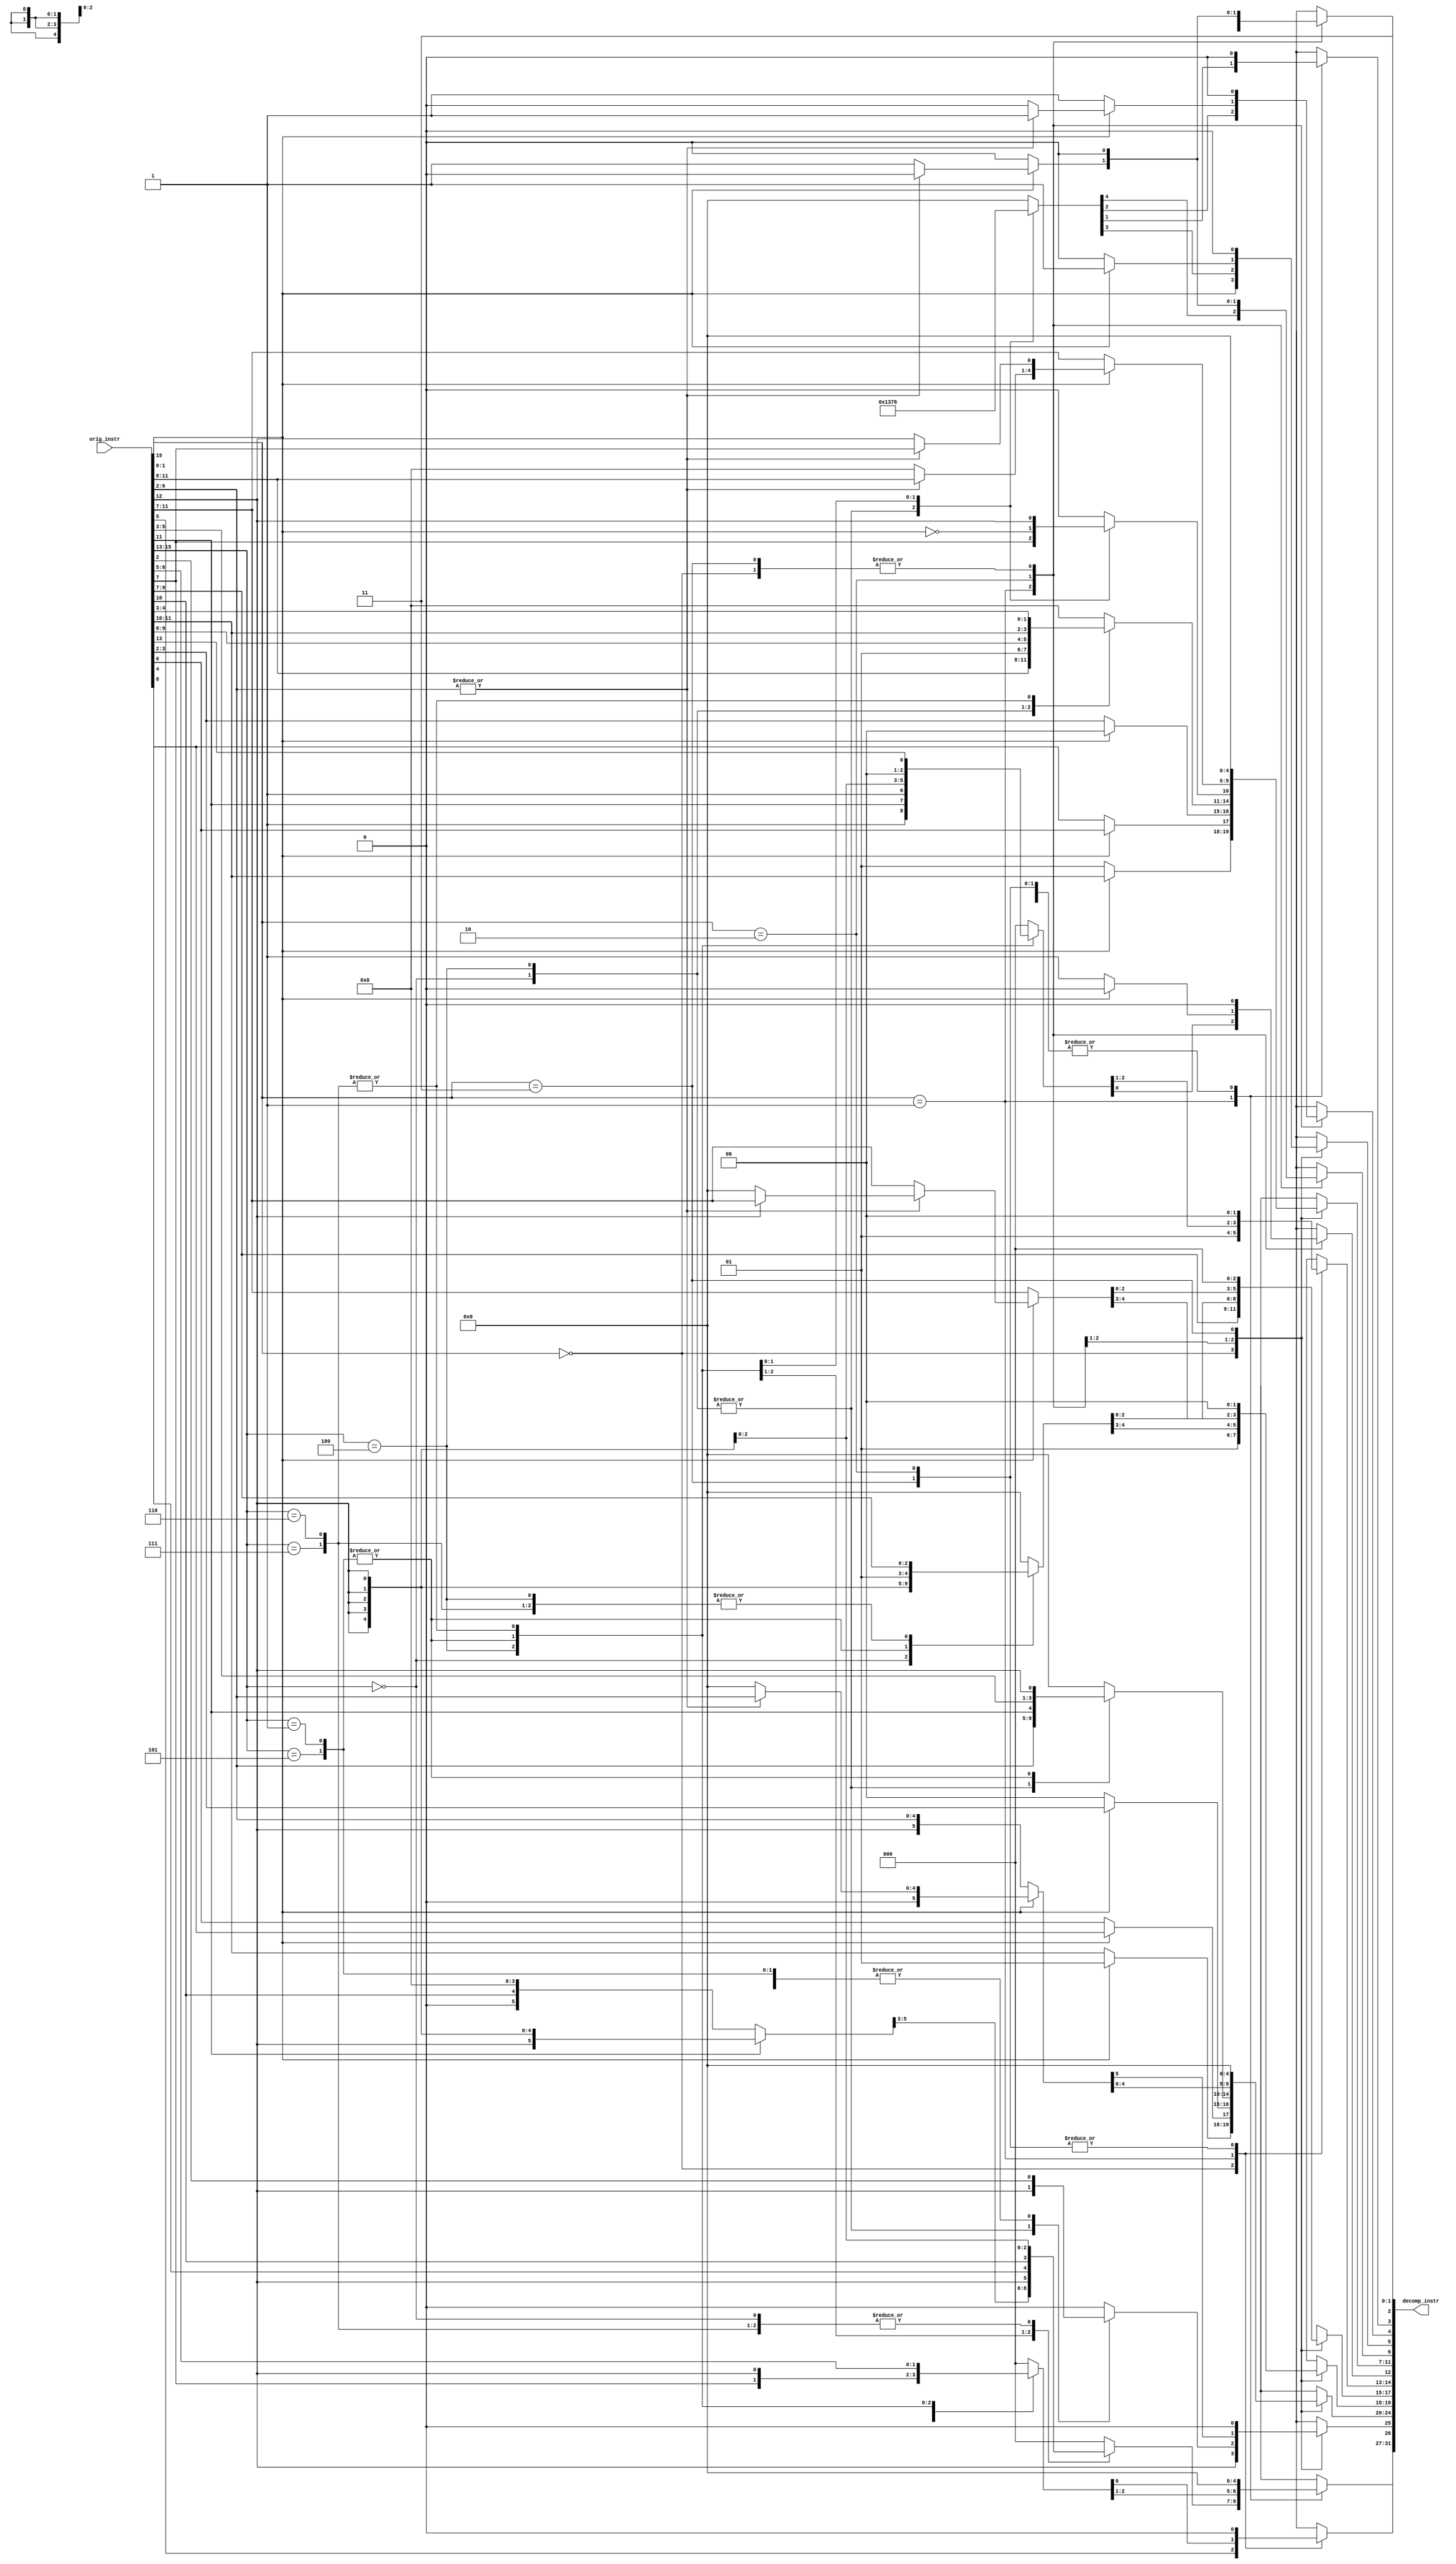
module Decompressor(
	input  [15:0] orig_instr,
	output reg [31:0] decomp_instr
);

	// Instruction in normal order, not little endian

	/*
	compressed instructions:
		C.ADD
		C.MV
		C.ADDI
		C.NOP
		C.ANDI
		C.SLLI
		C.SRLI
		C.SRAI
		C.LW
		C.SW
		C.BEQZ
		C.BNEZ
		C.J
		C.JAL
		C.JR
		C.JALR
	*/

	always@(*) begin
		decomp_instr[1:0] = 2'b11; //decompressed instruction should have opcode[1:0] be 2'b11;
		//left: [30:2]
		case (orig_instr[1:0])
			2'b00: begin
				//C.SW, C.LW
				decomp_instr[31:27] = 5'b0;
				decomp_instr[26]    = orig_instr[5];  //Offset[6]
				decomp_instr[25]    = orig_instr[12]; //Offset[5]
				decomp_instr[19:18] = 2'b01; //only x8~x15
				decomp_instr[17:15] = orig_instr[9:7]; //x8~x15
				decomp_instr[14:12] = 3'b010;
				decomp_instr[6]     = 1'b0;
				decomp_instr[5]     = orig_instr[15];
				decomp_instr[4:2]   = 3'b000;
				if (orig_instr[15]) begin
					//C.SW
					decomp_instr[24:23] = 2'b01; //only x8~x15
					decomp_instr[22:20] = orig_instr[4:2]; //x8~x15 
					decomp_instr[11:10] = orig_instr[11:10]; //Offset[4:3]
					decomp_instr[9]     = orig_instr[6]; //Offset[2]
					decomp_instr[8:7]   = 2'b00; //Immediate scaled by four, Offset[1:0]
				end else begin
					//C.LW
					decomp_instr[24:23] = orig_instr[11:10]; //Offset[4:3]
					decomp_instr[22]    = orig_instr[6]; //Offset[2]
					decomp_instr[21:20] = 2'b00; //Immediate scaled by four
					decomp_instr[11:10] = 2'b01; //only x8~x15
					decomp_instr[9:7]   = orig_instr[4:2]; //x8~x15
				end
			end
			2'b01: begin
				//C.NOP, C.ADDI, C.SRLI, C.SRAI, C.ANDI, C.JAL, C.J, C.BEQZ, C.BNEZ
				case (orig_instr[15:13])
					3'b000: begin
						//C.NOP, C.ADDI
						decomp_instr[31:25] = {7{orig_instr[12]}}; //Immediate sign-extension, Immediate[5]
						decomp_instr[24:20] = orig_instr[6:2]; //Immediate[4:0]
						decomp_instr[19:15] = orig_instr[11:7]; //rd, rd=0 if NOP
						decomp_instr[14:12] = 3'b000;
						decomp_instr[11:7]  = orig_instr[11:7]; //rd, rd=0 if NOP
						decomp_instr[6:2]   = 5'b00100;						
					end
					3'b100: begin
						//C.SRLI, C.SRAI, C.ANDI
						decomp_instr[25:20] = {orig_instr[12], orig_instr[6:2]};
						decomp_instr[19:15] = {2'b01, orig_instr[9:7]};
						decomp_instr[14:12] = {1'b1, orig_instr[11], 1'b1};
						decomp_instr[11: 7] = {2'b01, orig_instr[9:7]};
						decomp_instr[ 6: 2] = 5'b00100; 
						if (orig_instr[11]) begin
							//C.ANDI
							decomp_instr[31:26] = {6{orig_instr[12]}};
						end else begin
							//C.SRLI, C.SRAI
							decomp_instr[31:26] = {1'b0, orig_instr[10], 4'b0};
						end
					end
					3'b001, 3'b101: begin
						//C.JAL, C.J
						decomp_instr[31:12] = {orig_instr[12],
											   orig_instr[8],
											   orig_instr[10: 9],
											   orig_instr[6],
											   orig_instr[7],
											   orig_instr[2],
											   orig_instr[11],
											   orig_instr[5:3],
											   orig_instr[12],
											   {8{orig_instr[12]}}
											   };
						decomp_instr[11:8]  = 4'b0000; //x0 or x1
						decomp_instr[7]     = ~orig_instr[15]; //x0 for C.J, x1 for C.JAL
						decomp_instr[6:2]   = 5'b11011;
					end
					3'b110, 3'b111: begin
						//C.BEQZ, C.BNEZ
						/*
						decomp_instr[30:28] = 3'b0;
						decomp_instr[27:25] = {orig_instr[12], orig_instr[6:5]};
						decomp_instr[24:20] = 5'b0;
						decomp_instr[19:15] = {2'b01, orig_instr[9:7]};
						decomp_instr[14:12] = {2'b00, orig_instr[13]};
						decomp_instr[11: 7] = {orig_instr[2],
											   orig_instr[11:10],
											   orig_instr[4:3],
											   1'b0}; 
						decomp_instr[ 6: 2] = 5'b11000;
						*/
						decomp_instr[31:29] = {3{orig_instr[12]}}; //Immediate sign-extension
						decomp_instr[28:25] = {orig_instr[12],  //imm[8]
											   orig_instr[6:5], //imm[7:6]
											   orig_instr[2]};  //imm[5] 	
						decomp_instr[24:20] = 5'b00000; //rs2 = x0
						decomp_instr[19:15] = {2'b01, orig_instr[9:7]}; //rs1 x8~x15
						decomp_instr[14:12] = {2'b00, orig_instr[13]}; //1 for C.BNEZ; 0 for C.BEQZ
						decomp_instr[11: 7] = {orig_instr[11:10], //imm[4:3]
											   orig_instr[4:3],   //imm[2:1]
											   orig_instr[12]};   //Immediate sign-extension
						decomp_instr[6:2]   = 5'b11000;
					end
					default: begin
						decomp_instr[31:2]  = 30'b0; 
					end
				endcase // orig_instr[15:13]
			end
			2'b10: begin
				//C.SLLI, C.JR, C.JALR, C.MV, C.ADD
				decomp_instr[14:13] = 2'b00;
				decomp_instr[3]     = 1'b0;
				//left:[31:20],[19:15],[12],[11:7],[6:4],[2]
				if (orig_instr[15]) begin
					//C.JR, C.JALR, C.MV, C.ADD
					decomp_instr[12] = 1'b0; //0 for C.JR, C.JALR, C.MV, C.ADD; 1 for C.SLLI
					decomp_instr[5]  = 1'b1;
					if (|orig_instr[6:2]) begin
						//C.MV, C.ADD
						decomp_instr[31:25] = 7'b0;
						decomp_instr[24:20] = orig_instr[6:2]; //rs2
						decomp_instr[11:7]  = orig_instr[11:7]; //rd
						decomp_instr[6]     = 1'b0;
						decomp_instr[4]     = 1'b1;
						decomp_instr[2]     = 1'b0;
						if (orig_instr[12]) begin
							//C.ADD
							decomp_instr[19:15] = orig_instr[11:7]; //rs1=rd
						end else begin
							//C.MV
							decomp_instr[19:15] = 5'b00000; //rs1=x0
						end
					end else begin
						//C.JR, C.JALR
						decomp_instr[31:20] = 12'b0; //imm = 0
						decomp_instr[19:15] = orig_instr[11:7]; //rs1
						decomp_instr[11:8]  = 4'b0; //rd=x0 or x1
						decomp_instr[7]     = orig_instr[12]; //rd=x0 for JR; rd=x1 for JALR
						decomp_instr[6]     = 1'b1;
						decomp_instr[4]     = 1'b0;
						decomp_instr[2]     = 1'b1;
					end
				end else begin
					//C.SLLI
					decomp_instr[31:26] = 6'b0;
					decomp_instr[25:20] = {orig_instr[12], orig_instr[6:2]}; //shamt[5:0]
					decomp_instr[19:15] = orig_instr[11:7]; //rd
					decomp_instr[12]    = 1'b1; //0 for C.JR, C.JALR, C.MV, C.ADD; 1 for C.SLLI
					decomp_instr[11:7]  = orig_instr[11:7]; //rs1=rd
					decomp_instr[6:4]   = 3'b001;
					decomp_instr[2]     = 1'b0;
				end
			end
			2'b11: begin
				decomp_instr[31:2] = 30'b0;
			end
		endcase
	end

endmodule